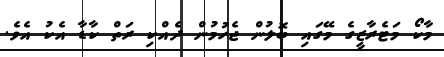
މާކޯ މަޓެރާޒީގެ މޭގައި ބޮލުން ޖެހުމުން ދެއްކި ރަތް ކާޑާ އެކު އެވެ.